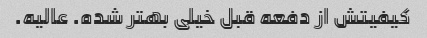
کیفیتش از دفعه قبل خیلی بهتر شده. عالیه.